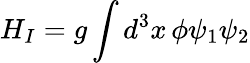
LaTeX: H_{I}=g\int{d^{3}x\, \phi\psi_{1}\psi_{2}}